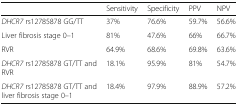
|  | Sensitivity | Specificity | PPV | NPV |
 | --- | --- | --- | --- | --- |
 | DHCR7 rs12785878 GG/TT | 37% | 76.6% | 59.7% | 56.6% |
 | Liver fibrosis stage 0–1 | 81% | 47.6% | 66% | 66.7% |
 | RVR | 64.9% | 68.6% | 69.8% | 63.6% |
 | DHCR7 rs12785878 GT/TT and RVR | 18.1% | 95.9% | 81% | 54.7% |
 | DHCR7 rs12785878 GT/TT and liver fibrosis stage 0–1 | 18.4% | 97.9% | 88.9% | 57.2% |